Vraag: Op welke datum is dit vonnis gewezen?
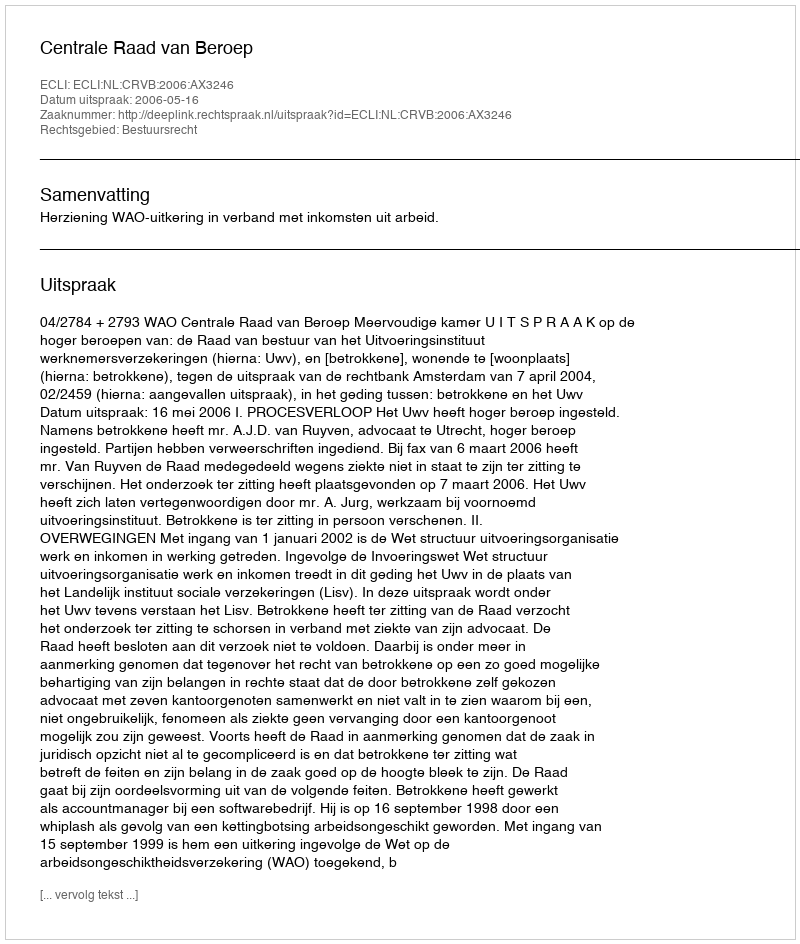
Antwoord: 2006-05-16